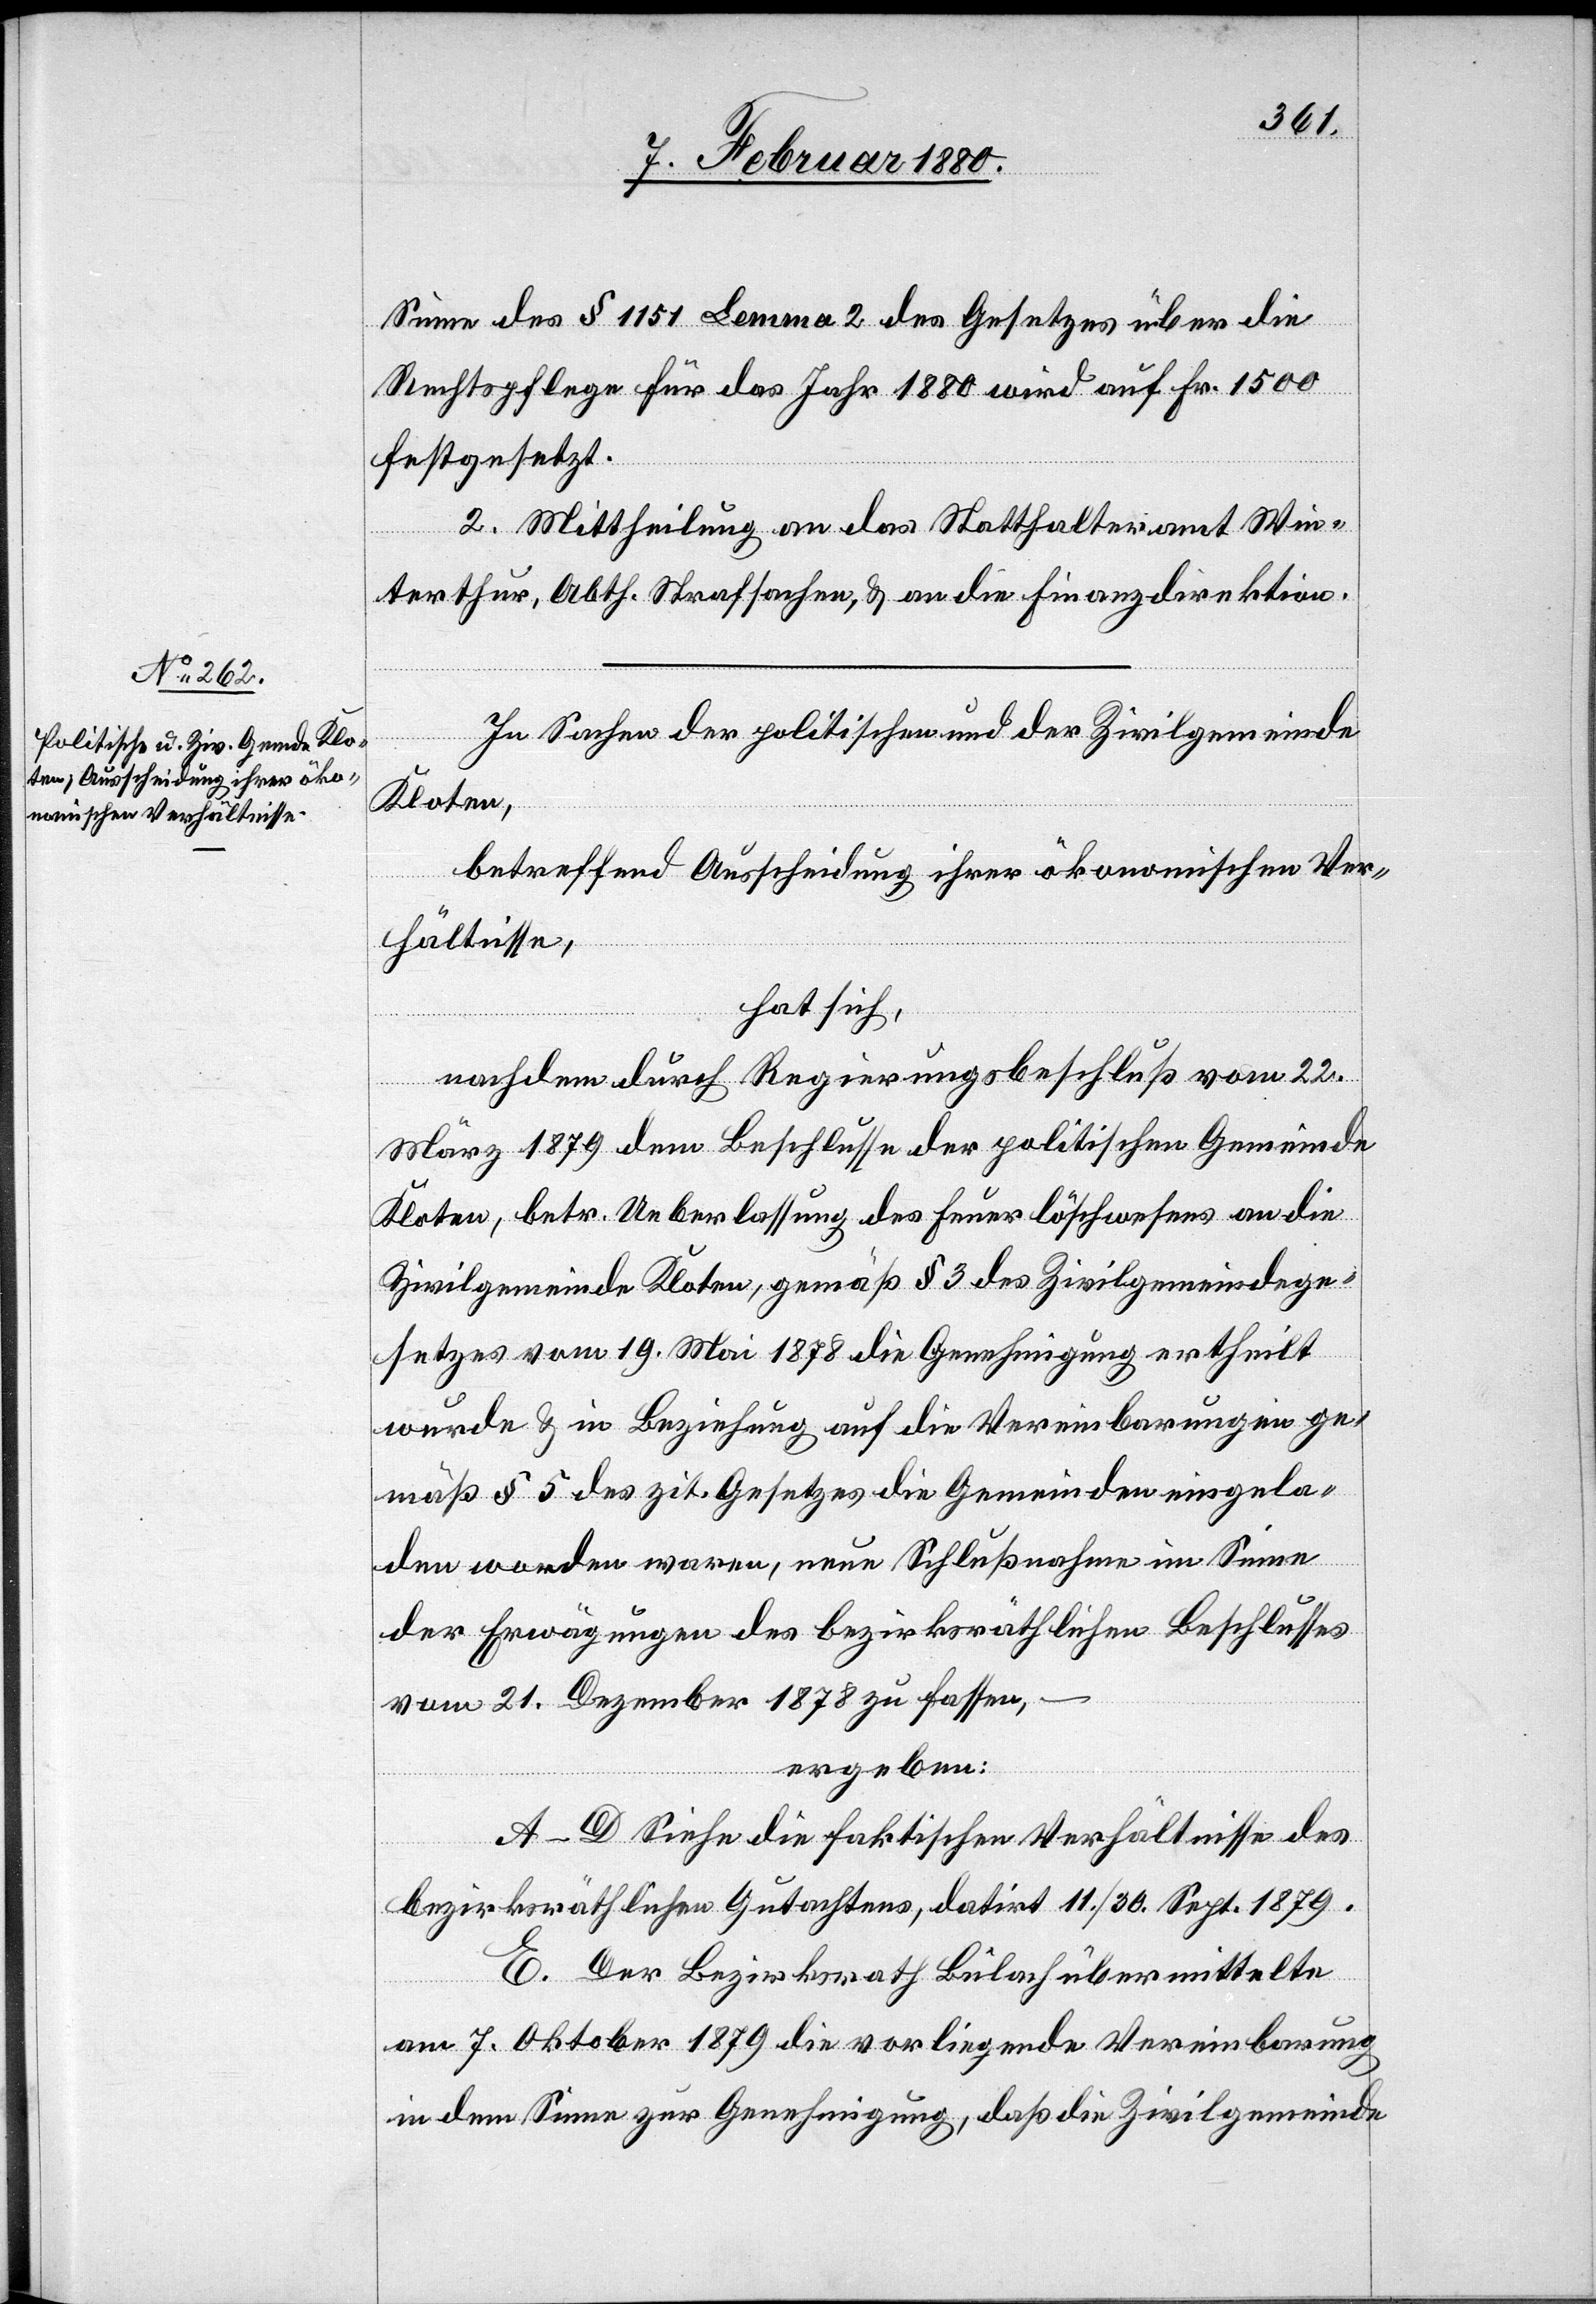
Sinne des § 1151 Lemma 2 des Gesetzes über die
Rechtspflege für das Jahr 1880 wird auf Fr. 1500
festgesetzt.
2. Mittheilung an das Statthalteramt Win¬
terthur, Abth. Strafsachen, & an die Finanzdirektion.
In Sachen der politischen und der Zivilgemeinde
Kloten,
betreffend Ausscheidung ihrer ökonomischen Ver¬
hältnisse,
hat sich,
nachdem durch Regierungsbeschluß vom 22.
März 1879 dem Beschlusse der politischen Gemeinde
Kloten, betr. Ueberlassung des Feuerlöschwesens an die
Zivilgemeinde Kloten, gemäß § 3 des Zivilgemeindege¬
setzes vom 19. Mai 1878 die Genehmigung ertheilt
wurde & in Beziehung auf die Vereinbarungen ge¬
mäß § 5 des zit. Gesetzes die Gemeinden eingela¬
den worden waren, neue Schlußnahme im Sinne
der Erwägungen des bezirksräthlichen Beschlusses
vom 21. Dezember 1878 zu fassen,
ergeben:
A–D Siehe die faktischen Verhältnisse des
bezirksräthlichen Gutachtens, datirt 11./30. Sept. 1879.
E. Der Bezirksrath Bülach übermittelte
am 7. Oktober 1879 die vorliegende Vereinbarung
in dem Sinne zur Genehmigung, daß die Zivilgemeinde